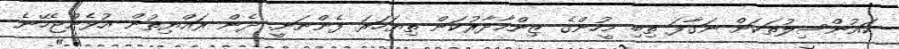
ކައުންސިލުތަކަށް ނަގާފަ ތިބި މީހުންގެ ޒިންމާދާރުކަން ތިޔަހަރަ ފެންނަނީ. ދެން ރައްޔިތުން އުޅެންޖެހޭނެ